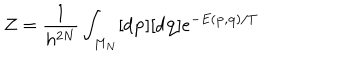
LaTeX: { \mathcal { Z } } = \frac { 1 } { h ^ { 2 N } } \int _ { M _ { N } } [ d { \bf { p } } ] [ d { \bf { q } } ] e ^ { - E ( { \bf { p } } , { \bf { q } } ) / T }